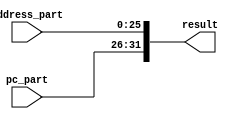
module pc_address_bus (result, pc_part, address_part);
    input [31:26] pc_part;
    input [25:0] address_part;
    output [31:0] result;

    assign result[31:26] = pc_part;
    assign result[25:0] = address_part;
endmodule